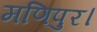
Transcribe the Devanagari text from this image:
मणिपुर।